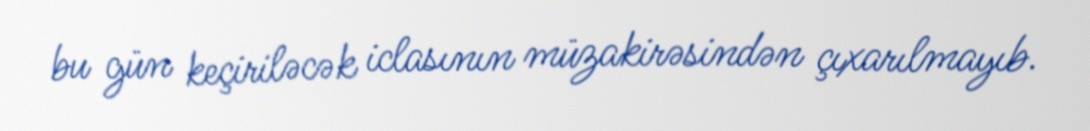
bu gün keçiriləcək iclasının müzakirəsindən çıxarılmayıb.